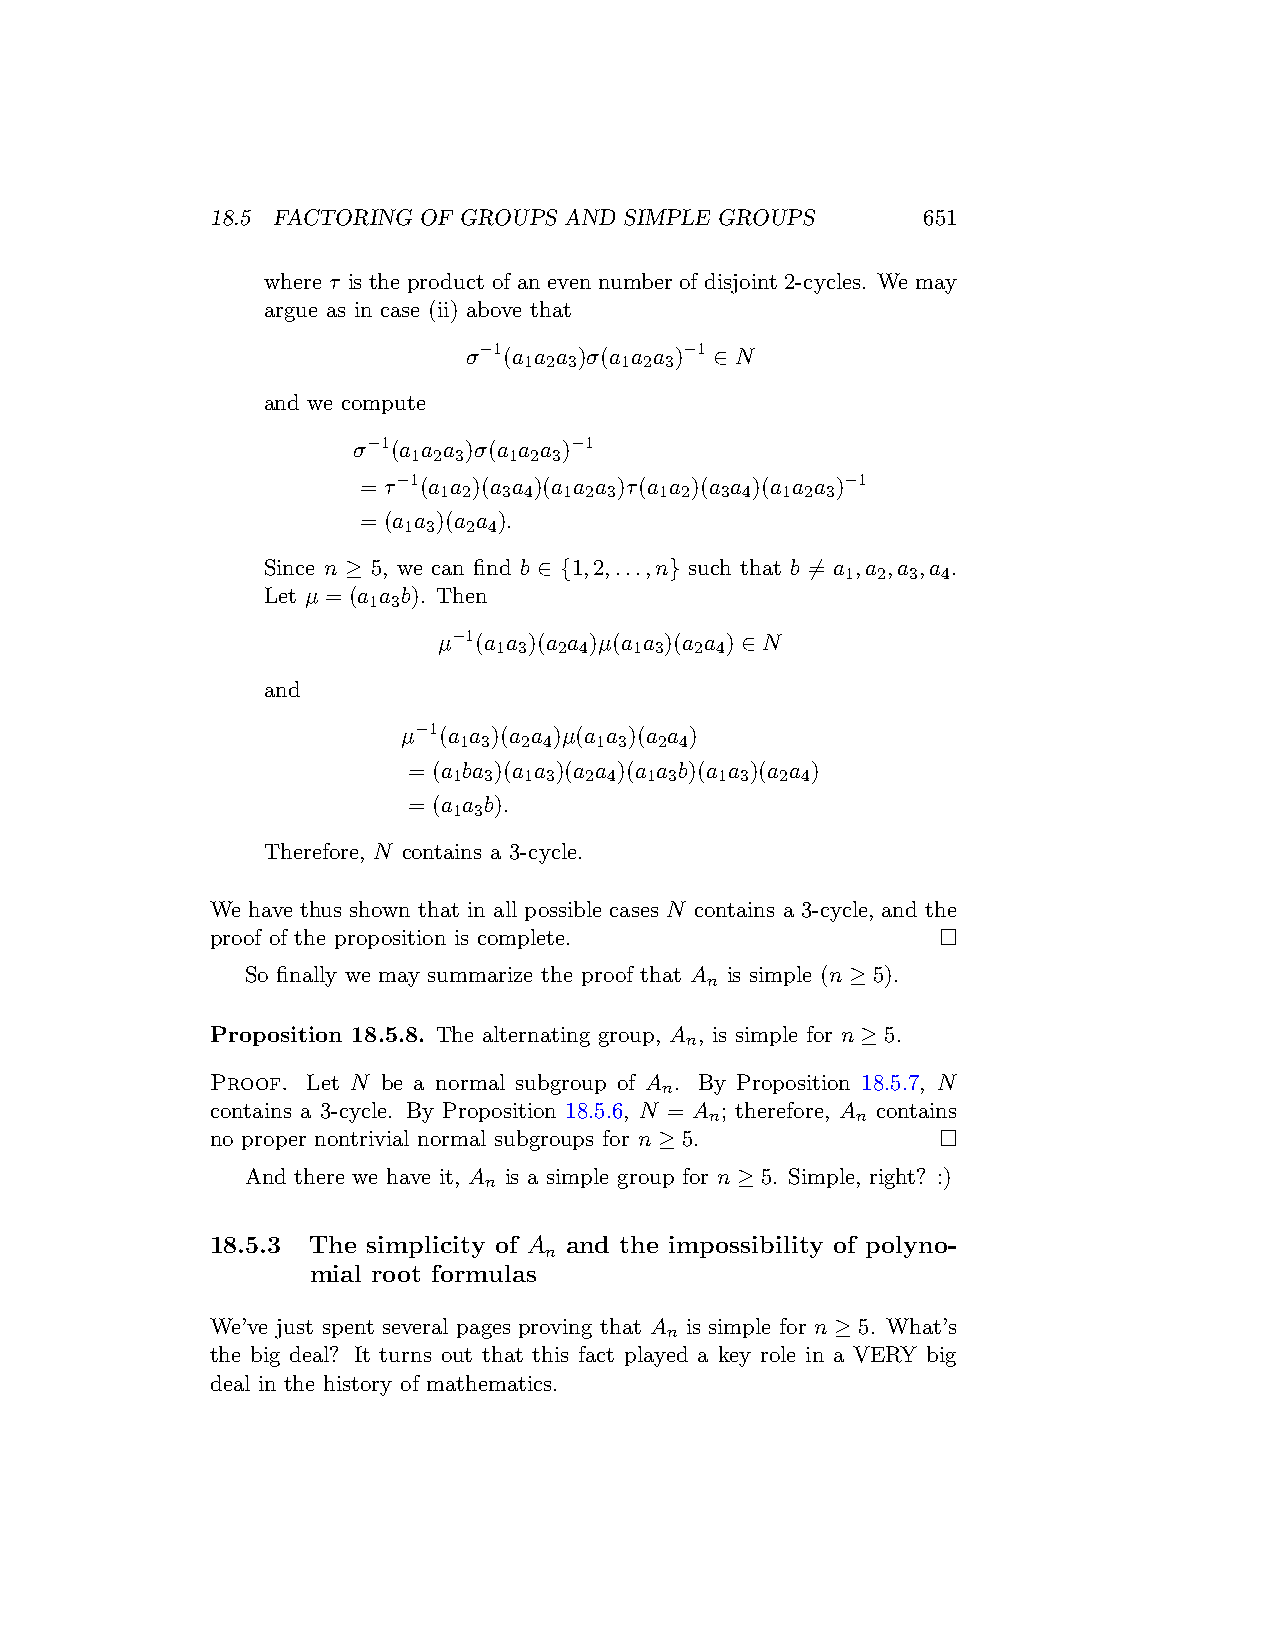
18.5 FACTORING OF GROUPS AND SIMPLE GROUPS     651
 where τ is the product of an even number of disjoint 2-cycles. We may
 argue as in case (ii) above that
 σ−1(a a a )σ(a a a )−1 ∈ N
 1 2 3 1 2 3
 and we compute
 σ−1(a a a )σ(a a a )−1
 1 2 3  1 2 3
 = τ−1(a a )(a a )(a a a )τ(a a )(a a )(a a a )−1
 1 2 3 4 1 2 3  1 2 3 4 1 2 3
 = (a a )(a a ).
 1 3 2 4
 Since n ≥ 5, we can find b ∈ {1,2,...,n} such that b ̸= a ,a ,a ,a .
 1 2 3 4
 Let µ = (a a b). Then
 1 3
 µ−1(a a )(a a )µ(a a )(a a ) ∈ N
 1 3 2 4  1 3 2 4
 and
 µ−1(a a )(a a )µ(a a )(a a )
 1 3 2 4  1 3  2 4
 = (a ba )(a a )(a a )(a a b)(a a )(a a )
 1 3  1 3 2 4 1 3  1 3 2 4
 = (a a b).
 1 3
 Therefore, N contains a 3-cycle.
 We have thus shown that in all possible cases N contains a 3-cycle, and the
 proof of the proposition is complete.           □
 So finally we may summarize the proof that A is simple (n ≥ 5).
 n
 Proposition 18.5.8. The alternating group, A , is simple for n ≥ 5.
 n
 Proof. Let N be a normal subgroup of A . By Proposition 18.5.7, N
 n
 contains a 3-cycle. By Proposition 18.5.6, N = A ; therefore, A contains
 n         n
 no proper nontrivial normal subgroups for n ≥ 5. □
 And there we have it, A is a simple group for n ≥ 5. Simple, right? :)
 n
 18.5.3 The simplicity of A and the impossibility of polyno-
 n
 mial root formulas
 We’ve just spent several pages proving that A is simple for n ≥ 5. What’s
 n
 the big deal? It turns out that this fact played a key role in a VERY big
 deal in the history of mathematics.